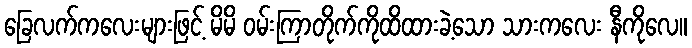
ခြေလက်ကလေးများဖြင့် မိမိ ဝမ်းကြာတိုက်ကိုထိထားခဲ့သော သားကလေး နီကိုလေ။